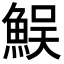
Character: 𩶭